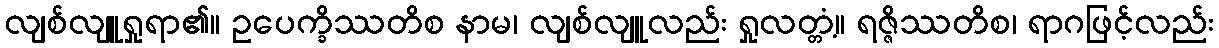
လျစ်လျူရှုရာ၏။ ဥပေက္ခိဿတိစ နာမ၊ လျစ်လျူလည်း ရှုလတ္တံ့။ ရဇ္ဇိဿတိစ၊ ရာဂဖြင့်လည်း